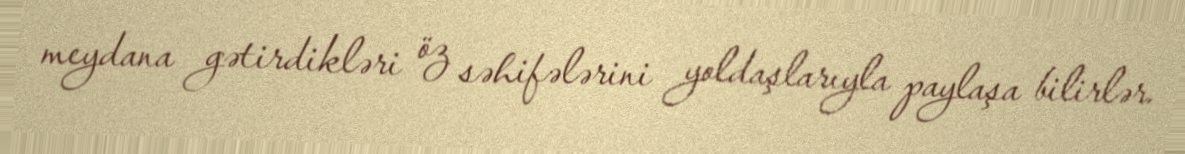
meydana gətirdikləri öz səhifələrini yoldaşlarıyla paylaşa bilirlər.